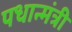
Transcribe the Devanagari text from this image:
पधान्मंत्री